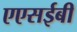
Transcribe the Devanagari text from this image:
एएसईबी